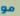
مو